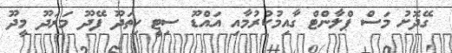
ގޭދޮށު މަސް ޕްލާންޓް ގާއިމުކުރުމާއި އައްޑޫ ސިޓީ ހިތަދޫ ފޭދޫ މަރަދޫ މީދޫ